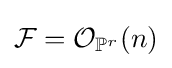
{\mathcal {F}}={\mathcal {O}}_{\mathbb {P} ^{r}}(n)